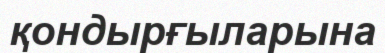
қондырғыларына